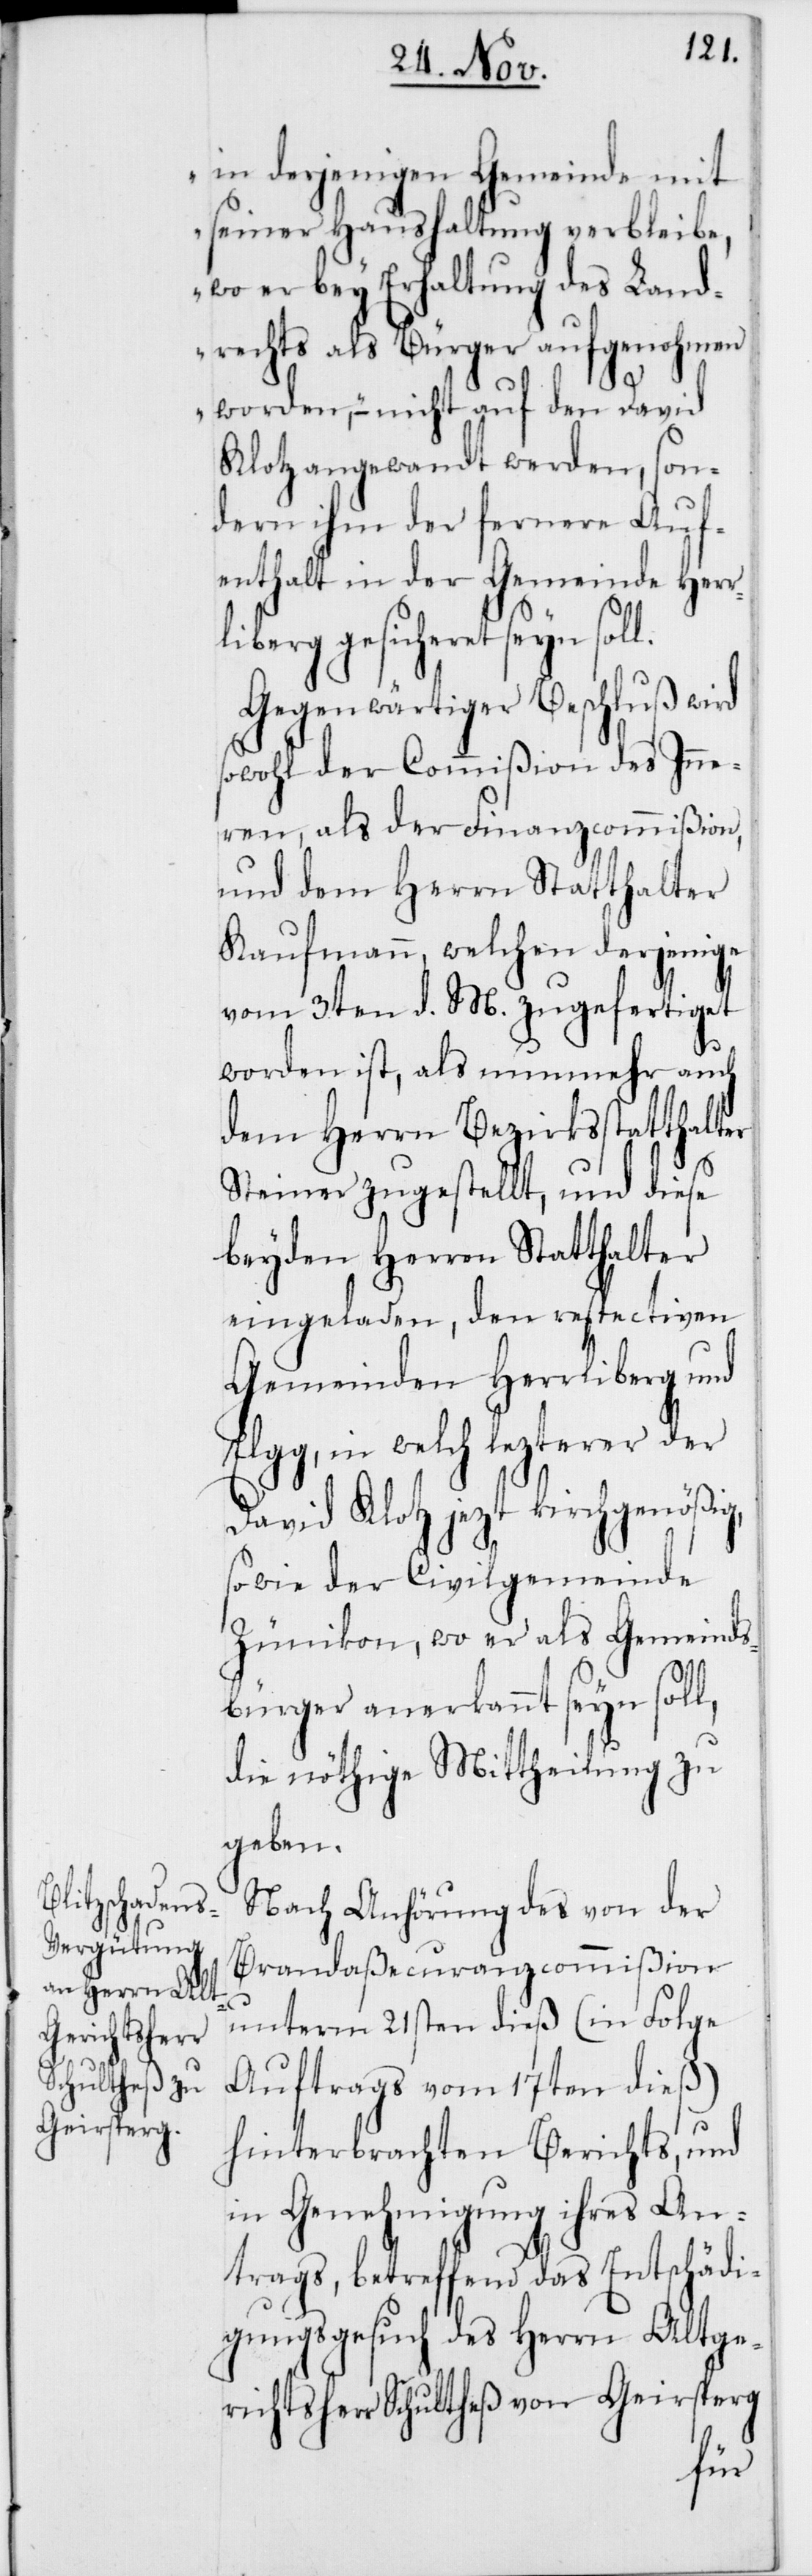
in derjenigen Gemeinde mit
seiner Haushaltung verbleibe,
wo er bey Erhaltung des Land¬
rechts als Bürger aufgenohmen
worden,“ – nicht auf den David
Klotz angewandt werden, son¬
dern ihm der fernere Auf¬
enthalt in der Gemeinde Herrl¬
iberg gesicheret seyn
Gegenwärtiger Beschluß wird
sowohl der Commißion des Inne¬
ren, als der Finanzcommißion,
und dem Herrn Statthalter
Kaufmann, welchen derjenige
vom 3ten d. M. zugefertiget
worden ist, als nunmehr auch
dem Herrn Bezirksstatthalter
Steiner zugestellt, und diese
beyden Herren Statthalter
eingeladen, den respectiven
Gemeinden Herrliberg und
Elgg, in welch lezterer der
David Klotz jezt kirchgenößig,
sowie der Civilgemeinde
Zünikon, wo er als Gemeinds¬
bürger anerkannt seyn soll,
die nöthige Mittheilung zu
geben.
Nach Anhörung des von der
Brandaßecuranzcommißion
unterm 21sten dieß (in Folge
Auftrags vom 17ten dieß)
hinterbrachten Berichts, und
in Genehmigung ihres An¬
trags, betreffend das Entschädi¬
gungsgesuch des Herrn Altge¬
richtsherr Schultheß von Geirsperg